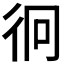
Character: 𭛡